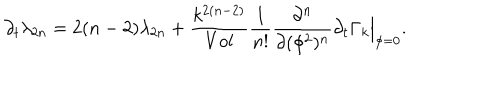
LaTeX: \partial _ { t } \lambda _ { 2 n } = 2 ( n - 2 ) \lambda _ { 2 n } + { \frac { k ^ { 2 ( n - 2 ) } } { V o l } } { \frac { 1 } { n ! } } { \frac { \partial ^ { n } } { \partial ( \phi ^ { 2 } ) ^ { n } } } \partial _ { t } \Gamma _ { k } \Big | _ { \phi = 0 } .